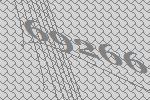
69266